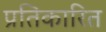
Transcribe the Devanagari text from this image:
प्रतिकारित